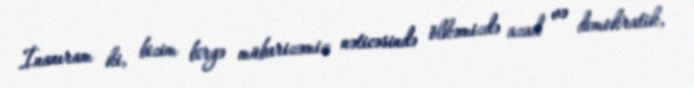
İnanıram ki, bizim birgə mübarizəmiz nəticəsində ölkəmizdə azad və demokratik,